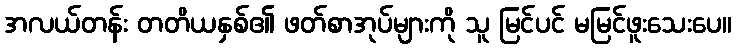
အလယ်တန်း တတိယနှစ်၏ ဖတ်စာအုပ်များကို သူ မြင်ပင် မမြင်ဖူးသေးပေ။